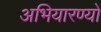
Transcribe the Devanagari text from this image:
अभियारण्यों